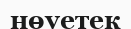
нөуетек